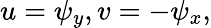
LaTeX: u=\psi_{y},v=-\psi_{x},